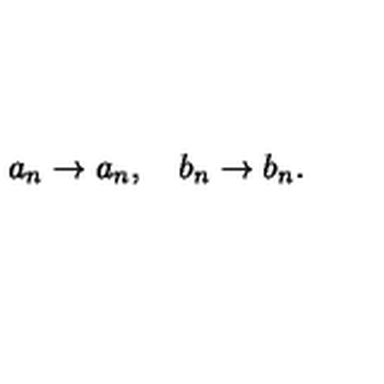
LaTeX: a _ { n } \rightarrow a _ { n } , \quad b _ { n } \rightarrow b _ { n } .